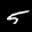
Label: 5